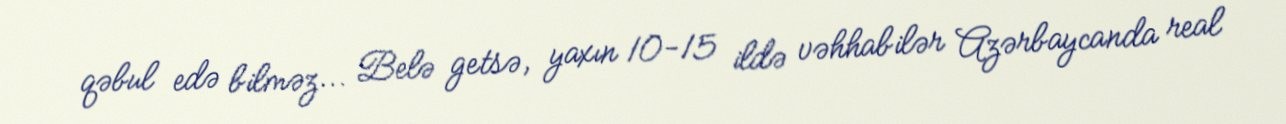
qəbul edə bilməz... Belə getsə, yaxın 10-15 ildə vəhhabilər Azərbaycanda real